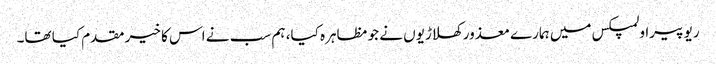
ریو پیراولمپکس میں ہمارے معذور کھلاڑیوں نے جو مظاہرہ کیا، ہم سب نے اس کا خیر مقدم کیا تھا۔